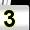
Digit: 3